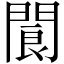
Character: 閬